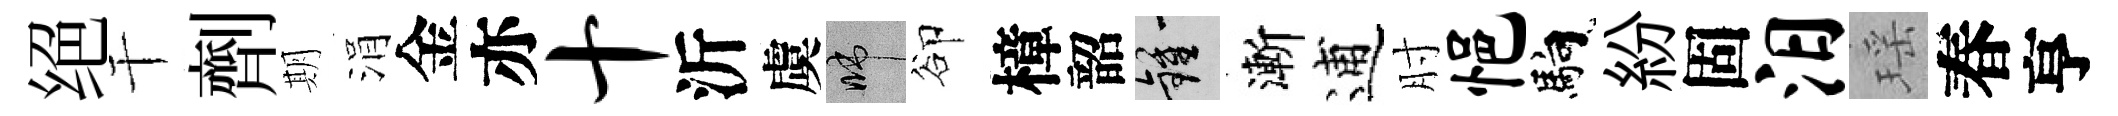
绝干劑期涓金亦十沂虞啼卻樟韶鍾漸逋肘悒馿紛固汨瑶春亨